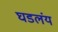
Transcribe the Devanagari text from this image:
घडलंय